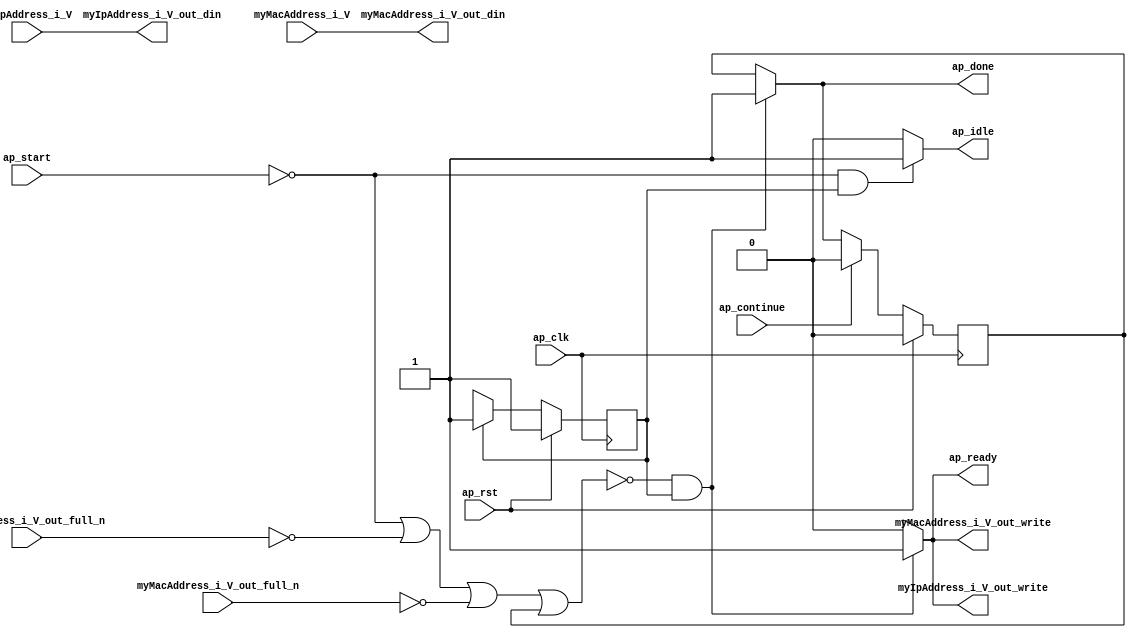
// ==============================================================
// RTL generated by Vivado(TM) HLS - High-Level Synthesis from C, C++ and OpenCL
// Version: 2019.2
// Copyright (C) 1986-2019 Xilinx, Inc. All Rights Reserved.
// 
// ===========================================================

`timescale 1 ns / 1 ps 

module arp_server_subnet_to_1 (
        ap_clk,
        ap_rst,
        ap_start,
        ap_done,
        ap_continue,
        ap_idle,
        ap_ready,
        myMacAddress_i_V,
        myIpAddress_i_V,
        myMacAddress_i_V_out_din,
        myMacAddress_i_V_out_full_n,
        myMacAddress_i_V_out_write,
        myIpAddress_i_V_out_din,
        myIpAddress_i_V_out_full_n,
        myIpAddress_i_V_out_write
);

parameter    ap_ST_fsm_state1 = 1'd1;

input   ap_clk;
input   ap_rst;
input   ap_start;
output   ap_done;
input   ap_continue;
output   ap_idle;
output   ap_ready;
input  [47:0] myMacAddress_i_V;
input  [31:0] myIpAddress_i_V;
output  [47:0] myMacAddress_i_V_out_din;
input   myMacAddress_i_V_out_full_n;
output   myMacAddress_i_V_out_write;
output  [31:0] myIpAddress_i_V_out_din;
input   myIpAddress_i_V_out_full_n;
output   myIpAddress_i_V_out_write;

reg ap_done;
reg ap_idle;
reg ap_ready;
reg myMacAddress_i_V_out_write;
reg myIpAddress_i_V_out_write;

reg    ap_done_reg;
(* fsm_encoding = "none" *) reg   [0:0] ap_CS_fsm;
wire    ap_CS_fsm_state1;
reg    myMacAddress_i_V_out_blk_n;
reg    myIpAddress_i_V_out_blk_n;
reg    ap_block_state1;
reg   [0:0] ap_NS_fsm;

// power-on initialization
initial begin
#0 ap_done_reg = 1'b0;
#0 ap_CS_fsm = 1'd1;
end

always @ (posedge ap_clk) begin
    if (ap_rst == 1'b1) begin
        ap_CS_fsm <= ap_ST_fsm_state1;
    end else begin
        ap_CS_fsm <= ap_NS_fsm;
    end
end

always @ (posedge ap_clk) begin
    if (ap_rst == 1'b1) begin
        ap_done_reg <= 1'b0;
    end else begin
        if ((ap_continue == 1'b1)) begin
            ap_done_reg <= 1'b0;
        end else if ((~((ap_start == 1'b0) | (myIpAddress_i_V_out_full_n == 1'b0) | (myMacAddress_i_V_out_full_n == 1'b0) | (ap_done_reg == 1'b1)) & (1'b1 == ap_CS_fsm_state1))) begin
            ap_done_reg <= 1'b1;
        end
    end
end

always @ (*) begin
    if ((~((ap_start == 1'b0) | (myIpAddress_i_V_out_full_n == 1'b0) | (myMacAddress_i_V_out_full_n == 1'b0) | (ap_done_reg == 1'b1)) & (1'b1 == ap_CS_fsm_state1))) begin
        ap_done = 1'b1;
    end else begin
        ap_done = ap_done_reg;
    end
end

always @ (*) begin
    if (((ap_start == 1'b0) & (1'b1 == ap_CS_fsm_state1))) begin
        ap_idle = 1'b1;
    end else begin
        ap_idle = 1'b0;
    end
end

always @ (*) begin
    if ((~((ap_start == 1'b0) | (myIpAddress_i_V_out_full_n == 1'b0) | (myMacAddress_i_V_out_full_n == 1'b0) | (ap_done_reg == 1'b1)) & (1'b1 == ap_CS_fsm_state1))) begin
        ap_ready = 1'b1;
    end else begin
        ap_ready = 1'b0;
    end
end

always @ (*) begin
    if ((~((ap_start == 1'b0) | (ap_done_reg == 1'b1)) & (1'b1 == ap_CS_fsm_state1))) begin
        myIpAddress_i_V_out_blk_n = myIpAddress_i_V_out_full_n;
    end else begin
        myIpAddress_i_V_out_blk_n = 1'b1;
    end
end

always @ (*) begin
    if ((~((ap_start == 1'b0) | (myIpAddress_i_V_out_full_n == 1'b0) | (myMacAddress_i_V_out_full_n == 1'b0) | (ap_done_reg == 1'b1)) & (1'b1 == ap_CS_fsm_state1))) begin
        myIpAddress_i_V_out_write = 1'b1;
    end else begin
        myIpAddress_i_V_out_write = 1'b0;
    end
end

always @ (*) begin
    if ((~((ap_start == 1'b0) | (ap_done_reg == 1'b1)) & (1'b1 == ap_CS_fsm_state1))) begin
        myMacAddress_i_V_out_blk_n = myMacAddress_i_V_out_full_n;
    end else begin
        myMacAddress_i_V_out_blk_n = 1'b1;
    end
end

always @ (*) begin
    if ((~((ap_start == 1'b0) | (myIpAddress_i_V_out_full_n == 1'b0) | (myMacAddress_i_V_out_full_n == 1'b0) | (ap_done_reg == 1'b1)) & (1'b1 == ap_CS_fsm_state1))) begin
        myMacAddress_i_V_out_write = 1'b1;
    end else begin
        myMacAddress_i_V_out_write = 1'b0;
    end
end

always @ (*) begin
    case (ap_CS_fsm)
        ap_ST_fsm_state1 : begin
            ap_NS_fsm = ap_ST_fsm_state1;
        end
        default : begin
            ap_NS_fsm = 'bx;
        end
    endcase
end

assign ap_CS_fsm_state1 = ap_CS_fsm[32'd0];

always @ (*) begin
    ap_block_state1 = ((ap_start == 1'b0) | (myIpAddress_i_V_out_full_n == 1'b0) | (myMacAddress_i_V_out_full_n == 1'b0) | (ap_done_reg == 1'b1));
end

assign myIpAddress_i_V_out_din = myIpAddress_i_V;

assign myMacAddress_i_V_out_din = myMacAddress_i_V;

endmodule //arp_server_subnet_to_1